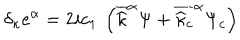
LaTeX: \delta _ { \kappa } e ^ { \alpha } = 2 i c _ { 1 } \: \left( \overline { { { \widehat { \kappa } } } } ^ { \alpha } \Psi + \overline { { { \widehat { \kappa } _ { c } } } } ^ { \alpha } \Psi _ { c } \right)